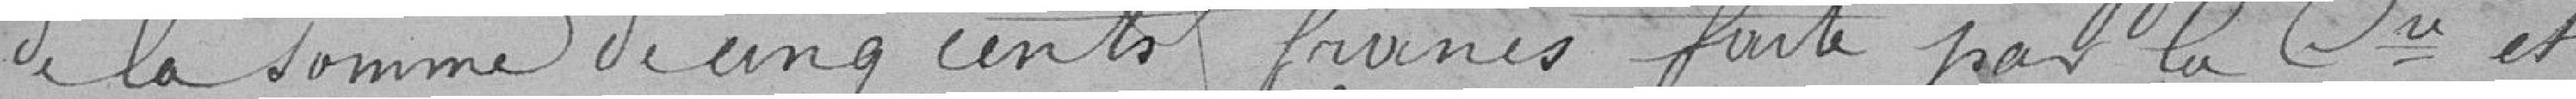
de la somme de cinq cents francs faite par la Compagnie et